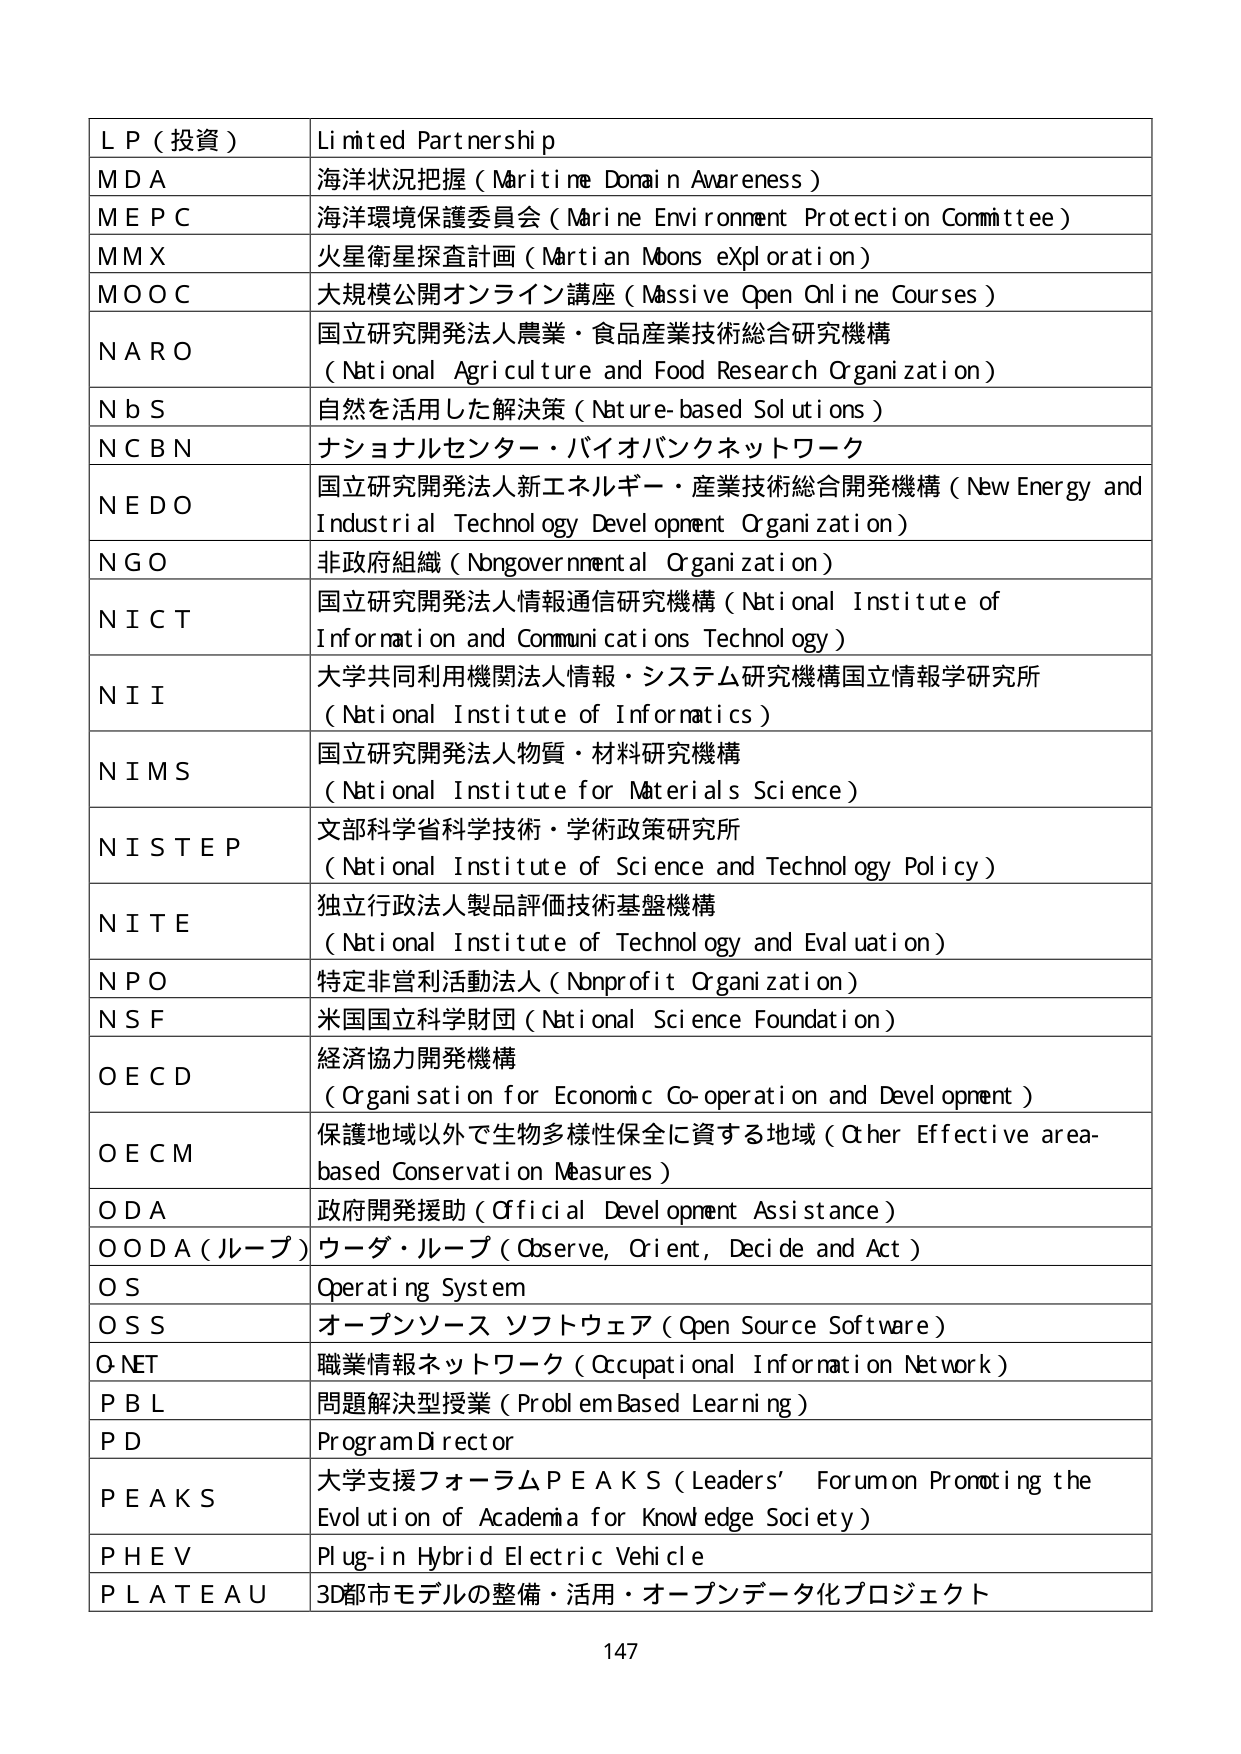
L P（投資）	Li mited Partnership
M D A	海洋状況把握（Maritime Domain Awareness）
M E P C	海洋環境保護委員会（Marine Environment Protection Committee）
M M X	火星衛星探査計画（Martian Moons eXploration）
M O O C	大規模公開オンライン講座（Massive Open Online Courses）
N A R O	国立研究開発法人農業・食品産業技術総合研究機構（National Agriculture and Food Research Organization）
N b S	自然を活用した解決策（Nature-based Solutions）
N C B N	ナショナルセンター・バイオバンクネットワーク
N E D O	国立研究開発法人新エネルギー・産業技術総合開発機構（New Energy and Industrial Technology Development Organization）
N G O	非政府組織（Nongovernmental Organization）
N I C T	国立研究開発法人情報通信研究機構（National Institute of Information and Communications Technology）
N I I	大学共同利用機関法人情報・システム研究機構国立情報学研究所（National Institute of Informatics）
N I M S	国立研究開発法人物質・材料研究機構（National Institute for Materials Science）
N I S T E P	文部科学省科学技術・学術政策研究所（National Institute of Science and Technology Policy）
N I T E	独立行政法人製品評価技術基盤機構（National Institute of Technology and Evaluation）
N P O	特定非営利活動法人（Nonprofit Organization）
N S F	米国国立科学財団（National Science Foundation）
O E C D	経済協力開発機構（Organization for Economic Co-operation and Development）
O E C M	保護地域以外で生物多様性保全に資する地域（Other Effective area-based Conservation Measures）
O D A	政府開発援助（Official Development Assistance）
O O D A（ループ）	ウーダ・ループ（Observe, Orient, Decide and Act）
O S	Operating System
O S S	オープンソース ソフトウェア（Open Source Software）
O NET	職業情報ネットワーク（Occupational Information Network）
P B L	問題解決型授業（Problem Based Learning）
P D	Program Director
P E A K S	大学支援フォーラムＰＥＡＫＳ（Leaders’ Forum on Promoting the Evolution of Academia for Knowledge Society）
P H E V	Plug-in Hybrid Electric Vehicle
P L A T E A U	3D都市モデルの整備・活用・オープンデータ化プロジェクト
147